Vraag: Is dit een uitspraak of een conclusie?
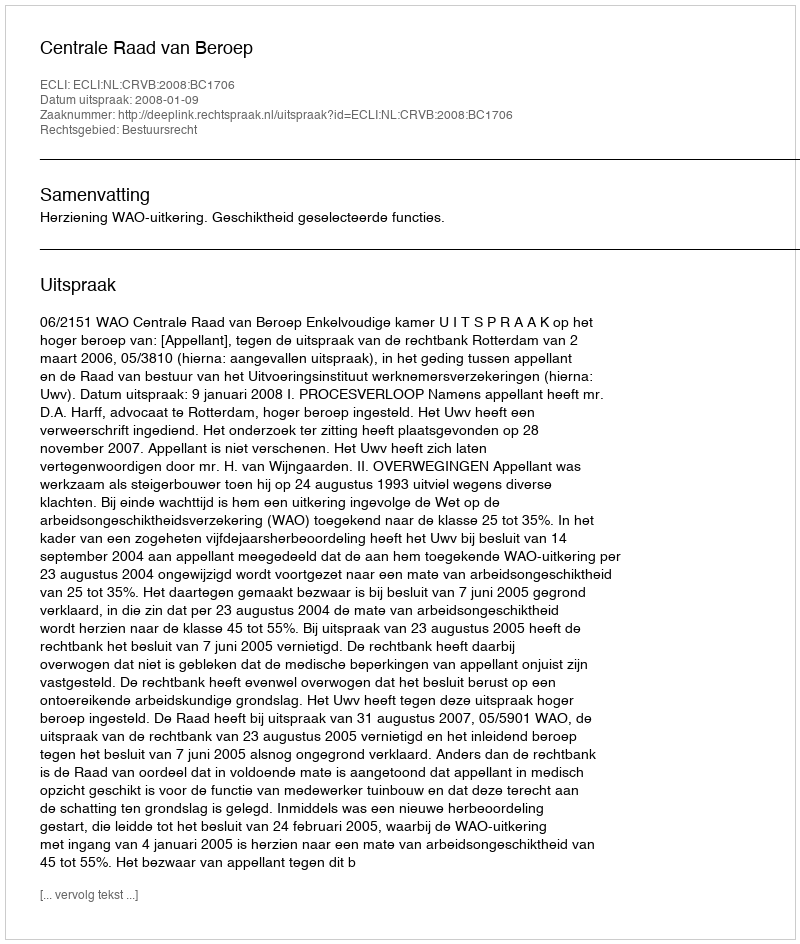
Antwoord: Uitspraak